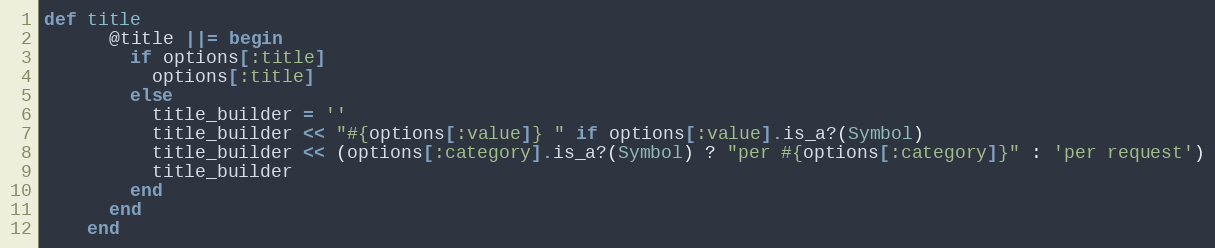
Language: Ruby
def title
      @title ||= begin
        if options[:title]
          options[:title]
        else
          title_builder = ''
          title_builder << "#{options[:value]} " if options[:value].is_a?(Symbol)
          title_builder << (options[:category].is_a?(Symbol) ? "per #{options[:category]}" : 'per request')
          title_builder
        end
      end
    end